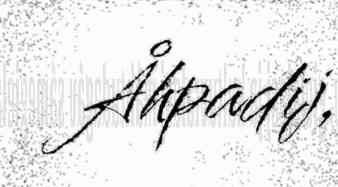
Åhpadij,